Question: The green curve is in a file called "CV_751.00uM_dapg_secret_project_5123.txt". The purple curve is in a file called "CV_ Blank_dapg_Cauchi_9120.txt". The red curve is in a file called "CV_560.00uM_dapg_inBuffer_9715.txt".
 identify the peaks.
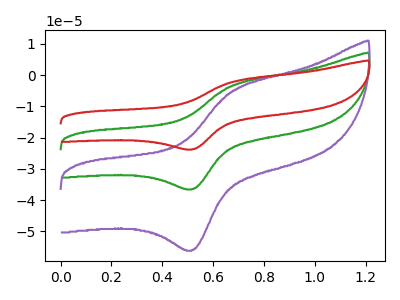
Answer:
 <answer>The green curve "dapg_751.00uM" has an anodic peak at (0.70V, -3.15uA) and a cathodic peak at (0.50V, -36.45uA). The purple curve "dapg_ Blank" has an anodic peak at (0.70V, -4.85uA) and a cathodic peak at (0.50V, -56.00uA). The red curve "dapg_560.00uM" has an anodic peak at (0.70V, -6.35uA) and a cathodic peak at (0.50V, -72.90uA).</answer>
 <eval></eval>